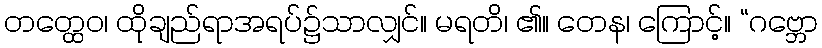
တတ္ထေဝ၊ ထိုချည်ရာအရပ်၌သာလျှင်။ မရတိ၊ ၏။ တေန၊ ကြောင့်။ “ဂဗ္ဘော